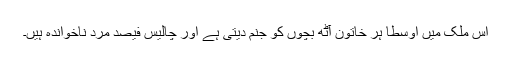
اس ملک میں اوسطاً ہر خاتون آٹھ بچوں کو جنم دیتی ہے اور چالیس فیصد مرد ناخواندہ ہیں۔